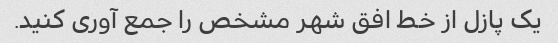
یک پازل از خط افق شهر مشخص را جمع آوری کنید.